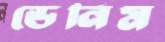
ডেনিম